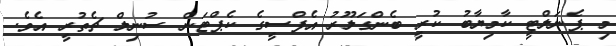
މި ޕެނަލްޓީ ކާމިޔާބު ކުރީ ބެންގަލޫރު އެފްސީގެ ކެޕްޓަން ސުނިލް ޗެތުރީ އެވެ.